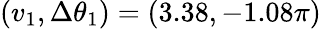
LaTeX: (v_{1},\Delta\theta_{1})=(3.38,-1.08\pi)